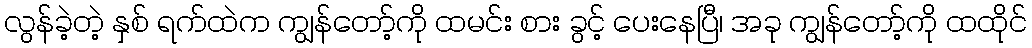
လွန်ခဲ့တဲ့ နှစ် ရက်ထဲက ကျွန်တော့်ကို ထမင်း စား ခွင့် ပေးနေပြီ၊ အခု ကျွန်တော့်ကို ထထိုင်